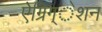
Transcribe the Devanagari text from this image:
ऐग्रिग्‌ेशन